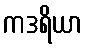
ကဒရိယာ